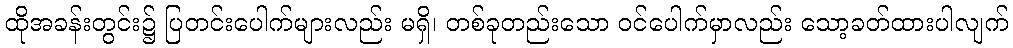
ထိုအခန်းတွင်း၌ ပြတင်းပေါက်များလည်း မရှိ၊ တစ်ခုတည်းသော ဝင်ပေါက်မှာလည်း သော့ခတ်ထားပါလျက်